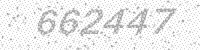
Solution: 662447